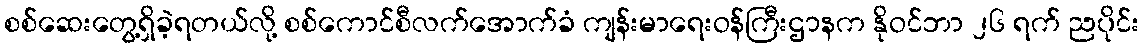
စစ်ဆေးတွေ့ရှိခဲ့ရတယ်လို့ စစ်ကောင်စီလက်အောက်ခံ ကျန်းမာရေးဝန်ကြီးဌာနက နိုဝင်ဘာ ၂၆ ရက် ညပိုင်း